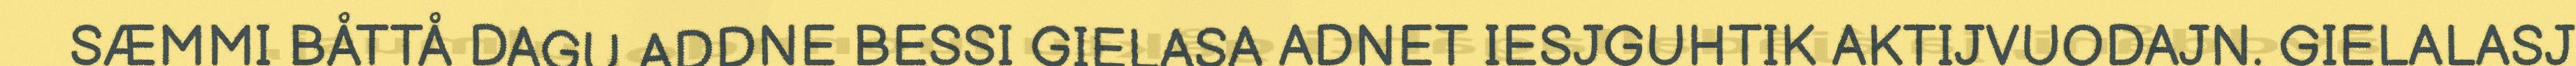
SÆMMI BÅTTÅ DAGU ADDNE BESSI GIELASA ADNET IESJGUHTIK AKTIJVUODAJN. GIELALASJ